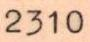
2310